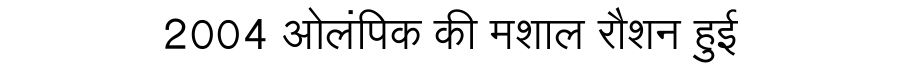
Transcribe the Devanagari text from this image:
2004 ओलंपिक की मशाल रौशन हुई